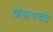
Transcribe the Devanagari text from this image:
खेऊणचंद्र